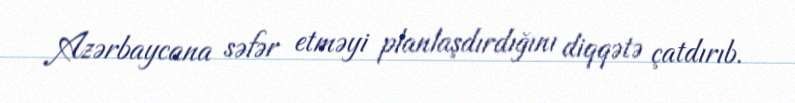
Azərbaycana səfər etməyi planlaşdırdığını diqqətə çatdırıb.